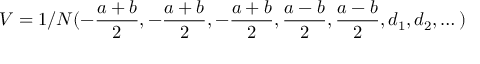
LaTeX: V = 1 / N ( - \frac { a + b } 2 , - \frac { a + b } 2 , - \frac { a + b } 2 , \frac { a - b } 2 , \frac { a - b } 2 , d _ { 1 } , d _ { 2 } , \dots )